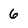
Character: 6